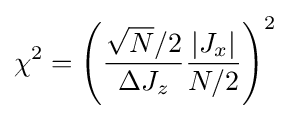
\chi ^{2}=\left({\frac {{\sqrt {N}}/2}{\Delta J_{z}}}{\frac {\left|J_{x}\right|}{N/2}}\right)^{2}